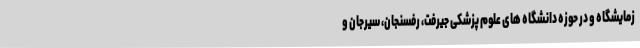
زمایشگاه و در حوزه دانشگاه های علوم پزشکی جیرفت، رفسنجان، سیرجان و